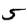
Digit: 5